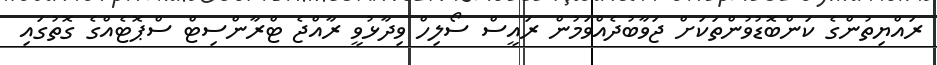
ރައްޔިތުންގެ ކަންބޮޑުވުންތަކަށް ޖަވާބުދެއްވަމުން ރައީސް ސޯލިހް ވިދާޅުވީ ރާއްޖެ ޓްރާންސިޓް ސްޕޮޓެއްގެ ގޮތުގައި